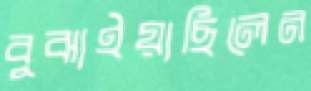
বুঝাইয়াছিলেন